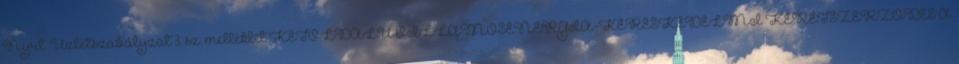
Nyrt. Üzletszabályzat 3. sz. melléklet KÉTOLDALÚ VILLAMOSENERGIA-KERESKEDELMI KERETSZERZŐDÉS A